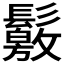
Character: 𩯛